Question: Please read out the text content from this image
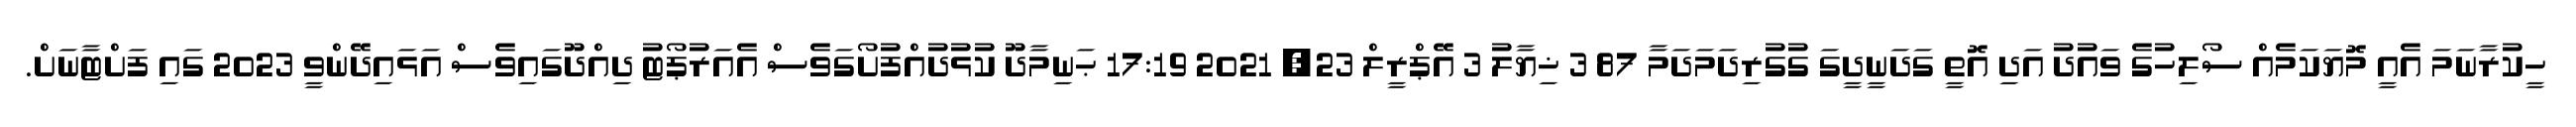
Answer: ހީކުރާނަމަ އެއީ މޮޔަކަމެއް ސޯލިހުގެ ވައުދު އަދި އޮތީ ގަދަނީދީގަ ގުގުރިދަމަދަމާ 87 3 ޚިޔާލު 3 އޭޕްރީލް 23, 2021 17:19 ޙަނިމާދޫ ކުޅުދުއްފުށޯގަވެސް އެއަރުޕޯޓު ދިއްދޫގައިވެސް އަޅައިދޭންވީ 2023 ގައި ފަށްޓާނަށް.